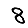
Digit: 8